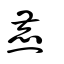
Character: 麃